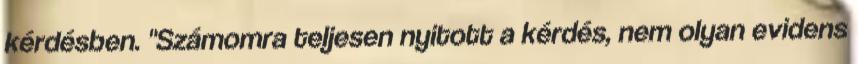
kérdésben. "Számomra teljesen nyitott a kérdés, nem olyan evidens